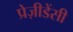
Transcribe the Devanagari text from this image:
प्रेज़ीडेंसी